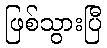
ဖြစ်သွားပြီ